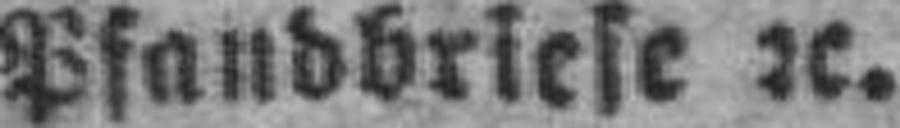
Pfandbriefe 2c.